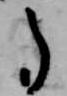
了